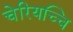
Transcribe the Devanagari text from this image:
चेरियच्चि